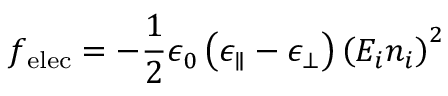
f _ { \mathrm { e l e c } } = - { \frac { 1 } { 2 } } \epsilon _ { 0 } \left( \epsilon _ { \parallel } - \epsilon _ { \bot } \right) \left( E _ { i } n _ { i } \right) ^ { 2 }